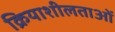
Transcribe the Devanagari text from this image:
क्रियाशीलताओं